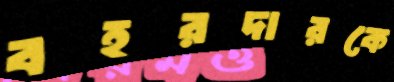
বহরদারকে